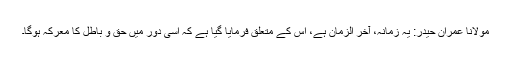
مولانا عمران حیدر: یہ زمانہ، آخر الزمان ہے، اس کے متعلق فرمایا گیا ہے کہ اسی دور میں حق و باطل کا معرکہ ہوگا۔